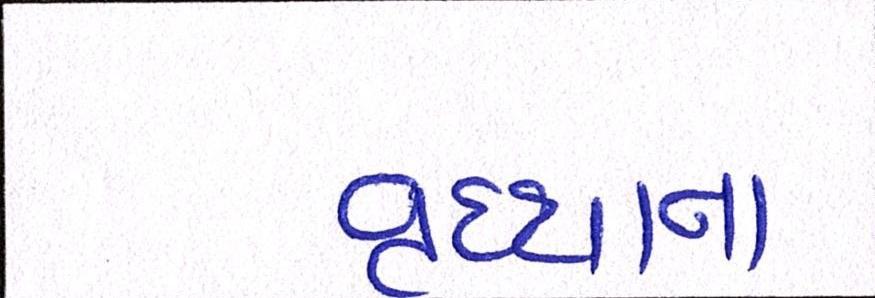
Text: વૃદ્ધાના